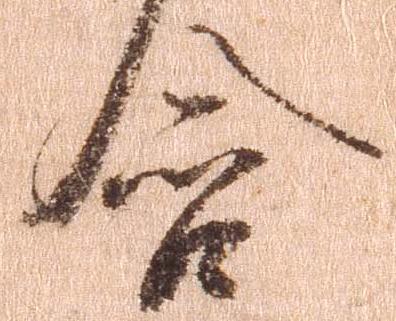
含